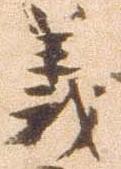
義